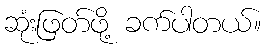
ဆုံးဖြတ်ဖို့ ခက်ပါတယ်။